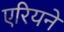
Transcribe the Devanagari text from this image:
एरियने